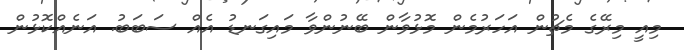
މިއީ މިރޭގެ މެޗުން އަހަރުމެން މޮޅުވާން ބޭނުންވާ މައިގަނޑު އެއް ސަބަބު. އަނެއްކޮޅުން